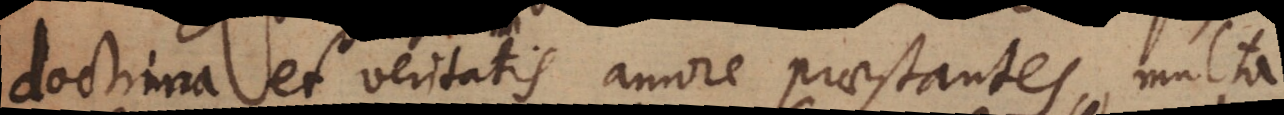
doctrina et veritatis amore praestantes, multa